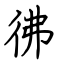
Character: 彿